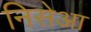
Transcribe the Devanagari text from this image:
निसेआ